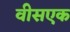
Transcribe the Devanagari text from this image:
वीसएक